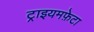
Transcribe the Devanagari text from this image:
ट्राइयमफ़ेटा